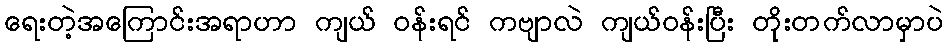
ရေးတဲ့အကြောင်းအရာဟာ ကျယ် ဝန်းရင် ကဗျာလဲ ကျယ်ဝန်းပြီး တိုးတက်လာမှာပဲ